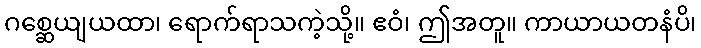
ဂစ္ဆေယျယထာ၊ ရောက်ရာသကဲ့သို့။ ဧဝံ၊ ဤအတူ။ ကာယာယတနံပိ၊